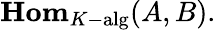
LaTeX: \mathbf{Hom}_{K{\mathrm{-alg}}}(A,B).